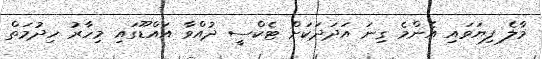
މާލެ ފިޔަވައި އެންމެ ގިނަ އަދަދަކަށް ޓެކްސީ ދުއްވާ އައްޑޫގައި މިހާރު ހިދުމަތް